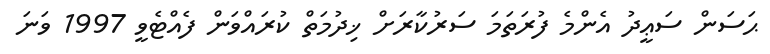
ޙަސަން ސަޢީދު އެންމެ ފުރަތަމަ ސަރުކާރަށް ޚިދުމަތް ކުރައްވަން ފެއްޓެވީ 1997 ވަނަ